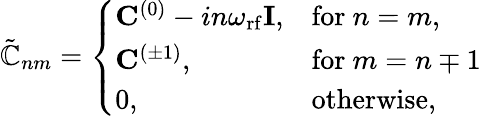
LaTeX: \begin{array}{r}{\tilde{\mathbb{C}}_{nm}=\left\{ \begin{array}{ll}{\mathbf{C}^{(0)}-in\omega_{\mathrm{rf}}\mathbf{I},}&{\mathrm{for}\ n=m,}\\ {\mathbf{C}^{(\pm 1)},}&{\mathrm{for}\ m=n\mp 1}\\ {0,}&{\mathrm{otherwise},}\end{array}\right.}\end{array}